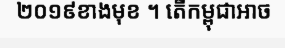
២០១៩ខាងមុខ ។ តើកម្ពុជាអាច